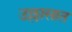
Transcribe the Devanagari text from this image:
उल्लासात